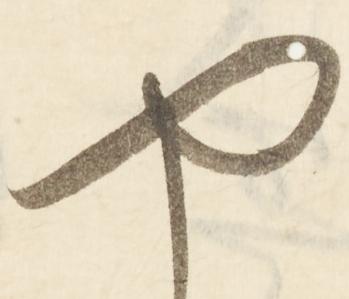
や